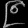
Digit: ၉